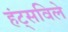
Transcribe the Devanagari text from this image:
हंट्सविले